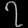
Digit: ၇